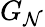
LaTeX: G_{\mathcal{N}}